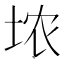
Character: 𪣑